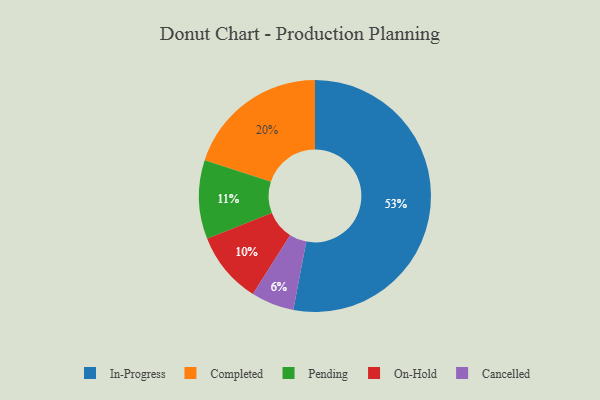
{"axis": {"x": "Category", "y": "Percentage"}, "legend": ["Cancelled", "Completed", "In-Progress", "On-Hold", "Pending"], "data": [{"x": "Cancelled", "y": 6, "type": "Cancelled"}, {"x": "On-Hold", "y": 10, "type": "On-Hold"}, {"x": "Completed", "y": 20, "type": "Completed"}, {"x": "In-Progress", "y": 53, "type": "In-Progress"}, {"x": "Pending", "y": 11, "type": "Pending"}]}